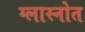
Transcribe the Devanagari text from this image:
ग्लास्नोत